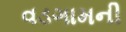
વડગામની